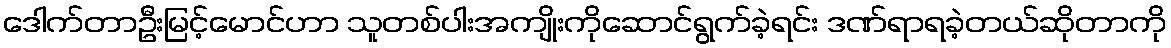
ဒေါက်တာဦးမြင့်မောင်ဟာ သူတစ်ပါးအကျိုးကိုဆောင်ရွက်ခဲ့ရင်း ဒဏ်ရာရခဲ့တယ်ဆိုတာကို